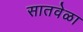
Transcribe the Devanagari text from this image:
सातवेळा